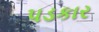
પડકાર